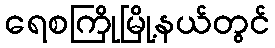
ရေစကြိုမြို့နယ်တွင်